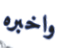
واخبره